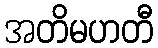
အတိမဟတီ